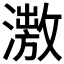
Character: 𣿗